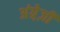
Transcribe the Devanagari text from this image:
अंग्रे़ज़ी